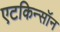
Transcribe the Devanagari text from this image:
एटकिन्सॉन